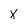
Character: x